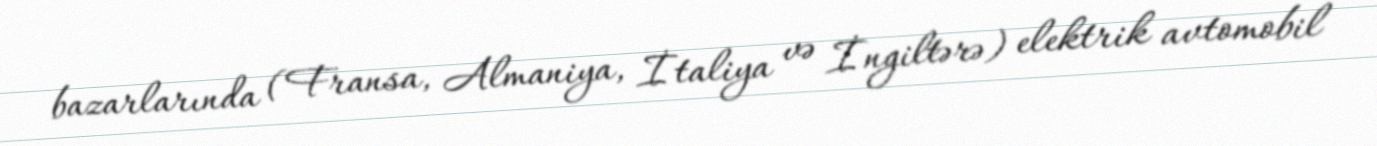
bazarlarında (Fransa, Almaniya, İtaliya və İngiltərə) elektrik avtomobil